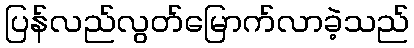
ပြန်လည်လွတ်မြောက်လာခဲ့သည်